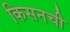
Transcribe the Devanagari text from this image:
किसनची